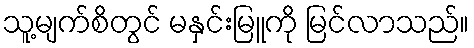
သူ့မျက်စိတွင် မနှင်းမြူကို မြင်လာသည်။